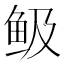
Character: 𩽹